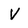
Character: V